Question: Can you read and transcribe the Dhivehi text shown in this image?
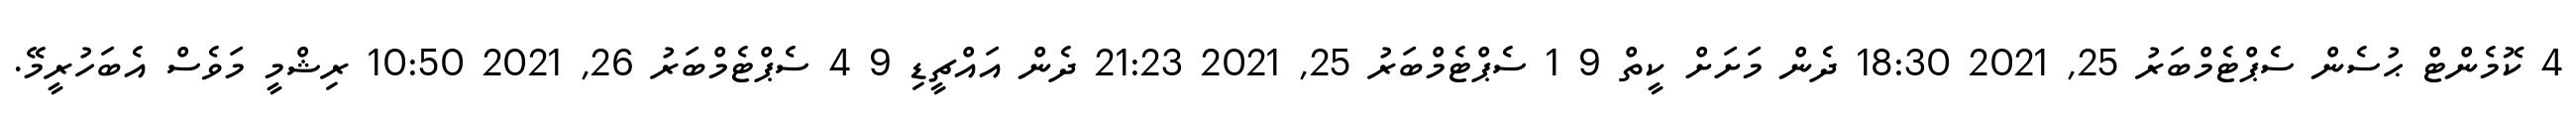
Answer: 4 ކޮމެންޓް ޙުސެން ސެޕްޓެމްބަރު 25, 2021 18:30 ދެން މަށަށް ކީތް 9 1 ސެޕްޓެމްބަރު 25, 2021 21:23 ދެން އައްޗީޑި 9 4 ސެޕްޓެމްބަރު 26, 2021 10:50 ރިޝްމީ މަވެސް އެބަހުރީމޭ.